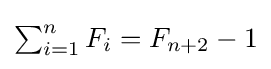
{\textstyle \sum _{i=1}^{n}F_{i}=F_{n+2}-1}